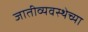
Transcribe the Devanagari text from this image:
जातीव्यवस्थेच्या